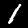
Digit: 1